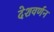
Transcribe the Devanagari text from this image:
देशवर्णन